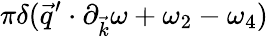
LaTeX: \pi\delta(\vec{q}^{\prime}\cdot\partial_{\vec{k}}\omega+\omega_{2}-\omega_{4})